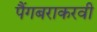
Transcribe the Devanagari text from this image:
पैंगबराकरवी